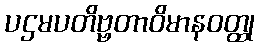
ပဌမပတိဗ္ဗတာဝိမာနဝတ္ထု